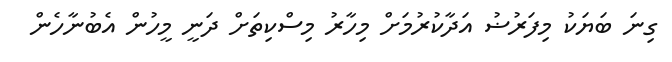
ގިނަ ބަޔަކު މިފަރުޟު އަދާކުރުމަށް މިހާރު މިސްކިތަށް ދަނީ މީހުން އެބުނާހެން